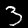
Label: 3